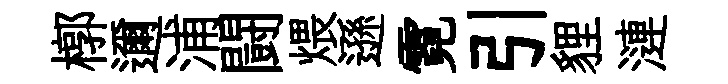
槨邇浦闘煨遜霓引貍漣